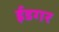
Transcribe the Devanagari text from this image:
ईडगर